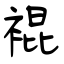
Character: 裩